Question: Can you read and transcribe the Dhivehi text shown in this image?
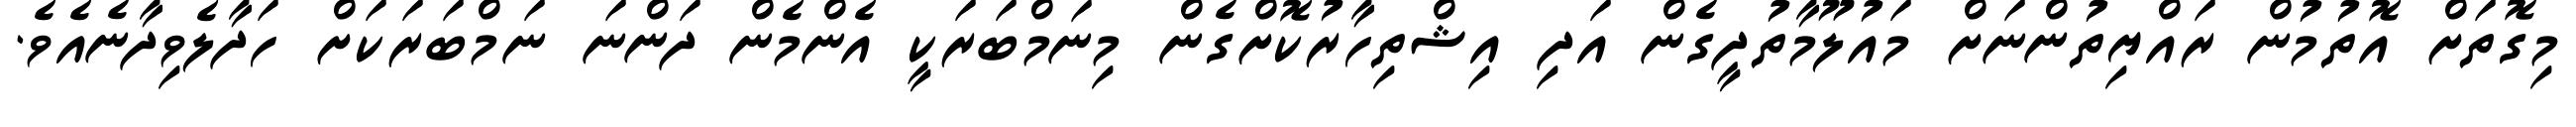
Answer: މިގޮތަށް އޮތުމުން ރައްޔިތުންނަށް މައުލޫމާތުދީގެން އަދި އިޝްތިހާރުކޮށްގެން މިނަމްބަރަކީ އެންމެން ދަންނަ ނަމްބަރަކަށް ހަދާލެވިދާނެއެވެ.